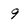
Character: 9